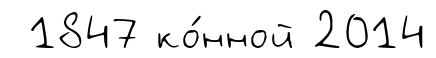
1847 ко́нной 2014